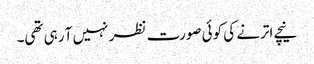
نیچے اترنے کی کوئی صورت نظر نہیں آ رہی تھی۔